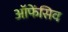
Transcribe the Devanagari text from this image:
ऑफेंसिव